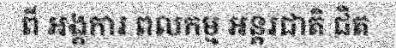
ពី អង្គការ ពលកម្ម អន្តរជាតិ ជិត